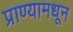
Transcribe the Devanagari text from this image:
प्राण्यामधून